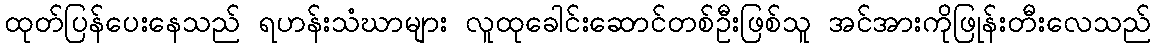
ထုတ်ပြန်ပေးနေသည် ရဟန်းသံဃာများ လူထုခေါင်းဆောင်တစ်ဦးဖြစ်သူ အင်အားကိုဖြုန်းတီးလေသည်